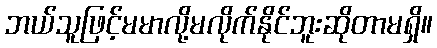
ဘယ်သူဖြင့်မမာလို့မလိုက်နိုင်ဘူးဆိုတာမရှိ။